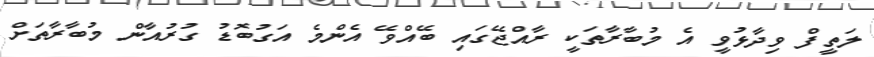
ލަތީފް ވިދާޅުވީ އެ މުބާރާތަކީ ރާއްޖޭގައި ބޭއްވޭ އެންމެ އަގުބޮޑު ގުރުއާން މުބާރާތަށް